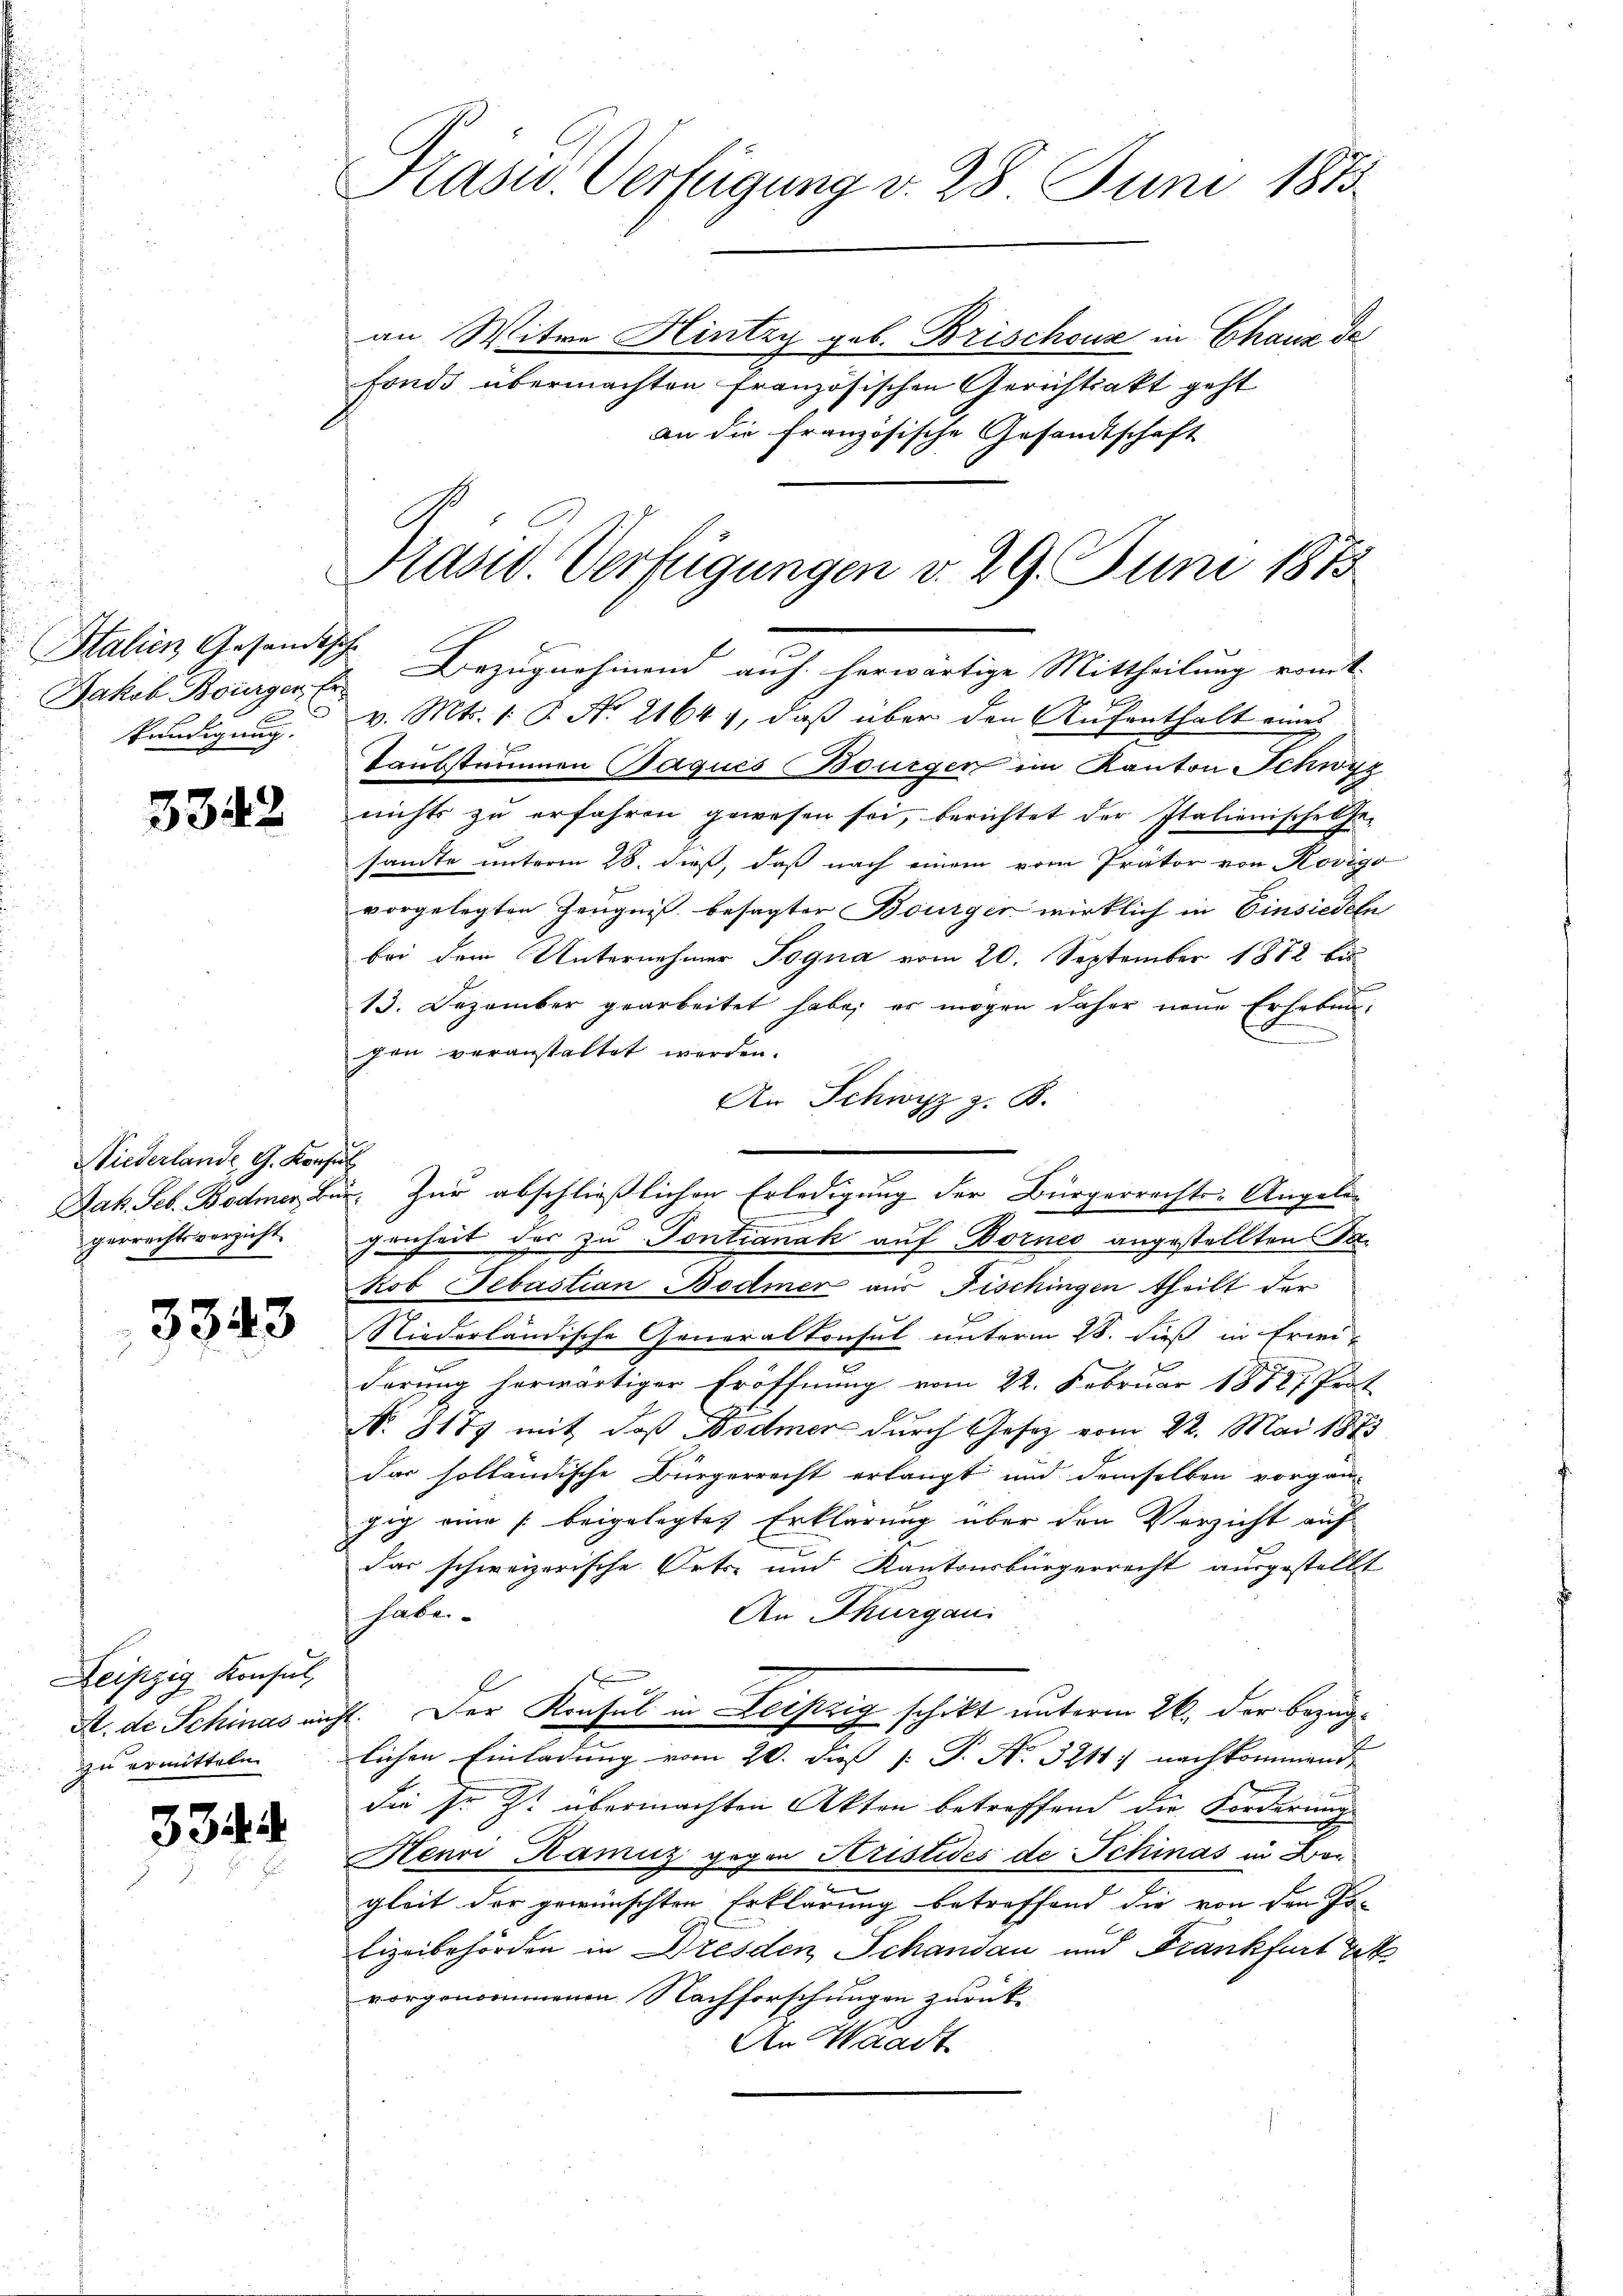
Italien Gesandt
Jakob Bourger Er
.
kündigung.

3342

Niederlande G. Konfe
gerrechtsverzicht.

3343

Leipzig Konsul,
A. de Schinas nich
zu ermitteln.

334

an Witwe Hintzy geb. Brischouse in Chaux de
fonds übermachten Französischen Gerichtsakt geht
an die Französische Gesandtschaft

Kasu. Verfügung d. 28 Juni 1873.

Präsid. Verfügungen v. 29. Juni 1873

Bezugnahmend auf herwärtige Mittheilung romit
v. Mts. 1. P. No. 2164 1, daß über den Aufenthalt eines
Taubstummen Paques Bourger im Kanton Schwyz
nichts zu erfahren gewesen sei, berichtet der Italienische Ge-
sante unterm 28. dieß, daß nach einem vom Prator von Rovigo
vorgelegten Zeugniß besagter Bourger wirklich in Einsiedeln
bei dem Unternehmer Togna vom 20. September 1882 bis¬
13. Dezember gearbeitet habe; er mögen daher neue Erhebengen veranstaltet werden.
An Schwyz z. B.
e
genheit der zu Pontianak auf Bornes angestellten Fakob Sebastian Bodmer aus Fischingen theilt der
Niederländische Generalkonsul unterm 28. dieß in Frei-
derung herwärtiger Eröffnung vom 22. Februar 18727 Prot
No 8177 mit daß Bodmer durch Gesetz vom 22. Mai 1873
das holländische Bürgerrecht erlangt und demselben vorgän-
gig eine beigelegtes Erklärung über den Verzicht auf
das schweizerische Orts- und Kantonsbürgerrecht ausgestellt
habe.
An Thurgau.
4. Der Konsul in Leipzig schikt unterm 26. der Bezuglichen Einladung vom 20. dies [ P. Nr. 3211 nachkommend
die sr. Zt. übermachten Akten betreffend die Forderungs
Henn Hamuz gegen Kristides de Schinas in Ber
e
gleit der gewünschten Erklärung betreffend die von den Jo-
Eizeibehörden in Dresden Schandau und Frankfurt Pet
vorgenommenen Nachforschungen zurück-
An Waadt

Jak. Seb. Bodmer, Bur. Zur abschließlichen Erledigung der Bürgerrechts-Angele-